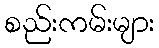
စည်းကမ်းများ